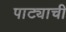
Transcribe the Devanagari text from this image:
पाट्याची